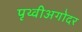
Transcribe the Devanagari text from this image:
पृथ्वीअगोदर